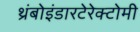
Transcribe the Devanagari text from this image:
थ्रंबोइंडारटेरेक्टोमी